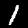
Label: 1